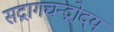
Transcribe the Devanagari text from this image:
सद्रागचन्द्रोदय